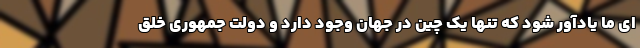
ای ما یادآور شود که تنها یک چین در جهان وجود دارد و دولت جمهوری خلق